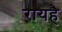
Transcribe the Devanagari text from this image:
रायहै